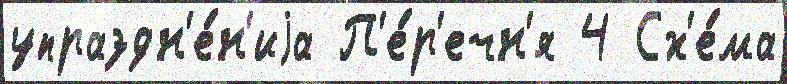
упраздн'е́н'иjа П'е́р'ечн'я 4 Сх'е́ма